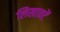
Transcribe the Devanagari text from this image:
लिखावटें